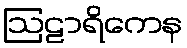
ဩဠာရိကေန